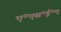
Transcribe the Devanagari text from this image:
ए॰एस॰ई॰ए